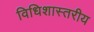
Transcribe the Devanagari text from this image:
विधिशास्तरीय